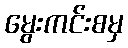
မွေးကင်းစမှ